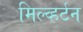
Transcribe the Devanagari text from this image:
मिल्व्हर्टन